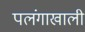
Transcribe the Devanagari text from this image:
पलंगाखाली